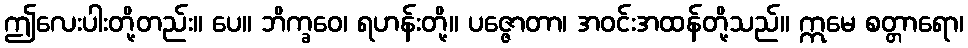
ဤလေးပါးတို့တည်း။ ပေ။ ဘိက္ခဝေ၊ ရဟန်းတို့။ ပဇ္ဇောတာ၊ အဝင်းအထန်တို့သည်။ ဣမေ စတ္တာရော၊